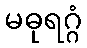
မဓုရဂ္ဂံ